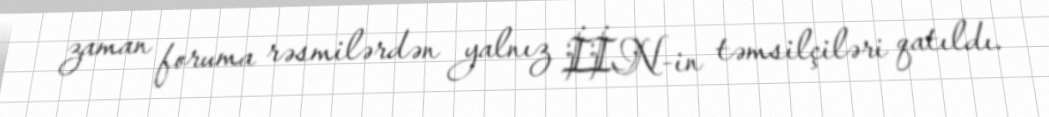
zaman foruma rəsmilərdən yalnız İİN-in təmsilçiləri qatıldı.